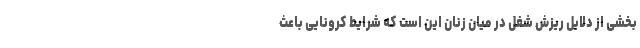
بخشی از دلایل ریزش شغل در میان زنان این است که شرایط کرونایی باعث